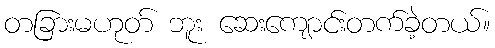
တခြားမဟုတ် ဘူး ဆေးကျောင်းတက်ခဲ့တယ်။